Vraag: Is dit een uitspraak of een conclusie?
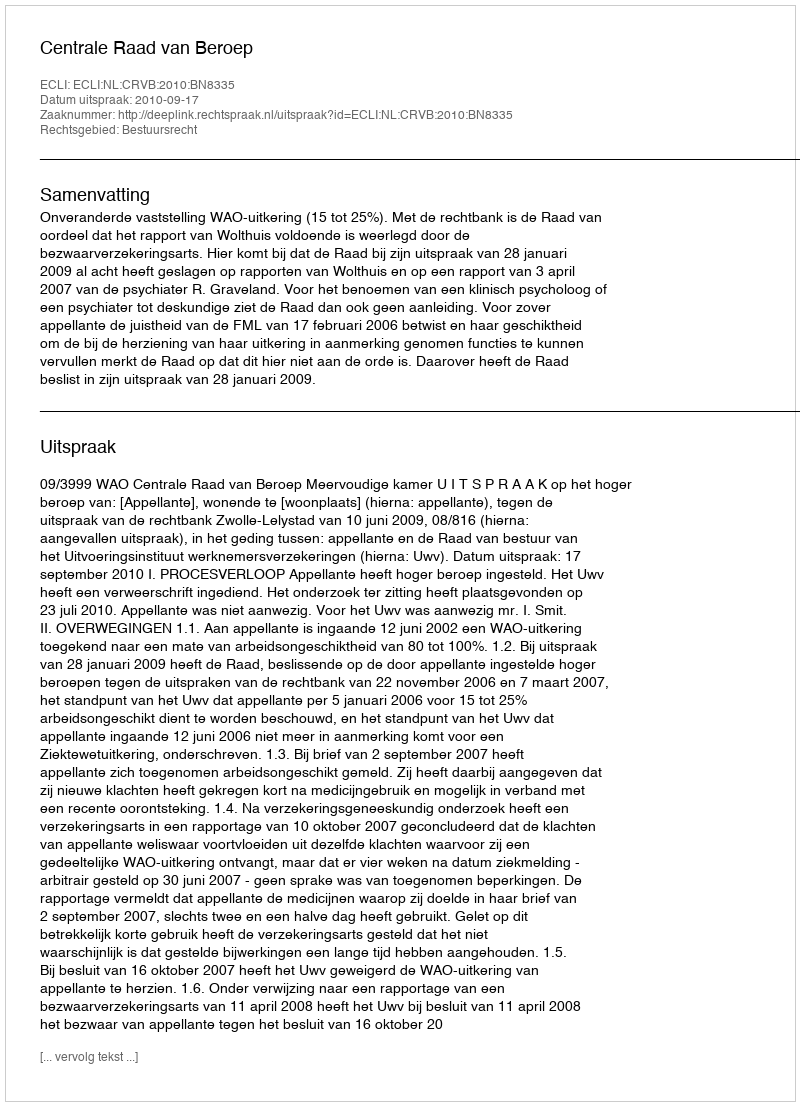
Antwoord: Uitspraak